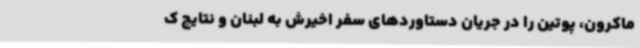
ماکرون، پوتین را در جریان دستاوردهای سفر اخیرش به لبنان و نتایج ک